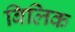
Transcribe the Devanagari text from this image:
बिलिक